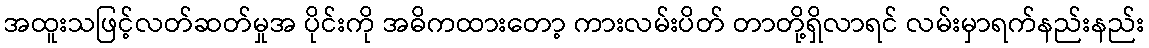
အထူးသဖြင့်လတ်ဆတ်မှုအ ပိုင်းကို အဓိကထားတော့ ကားလမ်းပိတ် တာတို့ရှိလာရင် လမ်းမှာရက်နည်းနည်း